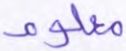
معلوم